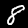
Label: 8